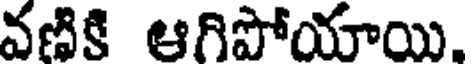
వణికి ఆగిపోయాయి,